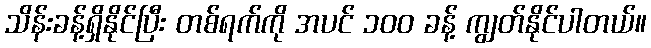
သိန်းခန့်ရှိနိုင်ပြီး တစ်ရက်ကို အပင် ၁၀၀ ခန့် ကျွတ်နိုင်ပါတယ်။